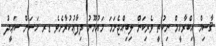
ޤާސިމް އިބްރާހީމް ނިކުތީ ވެރިކަން ލިބިއްޖެނަމަ މައުމޫނު ދިފާޢުކުރާށެވެ ޑރ ހަސަން ސަޢީދު